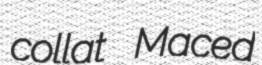
collat Maced